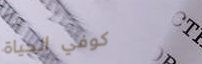
كوفي الحياة